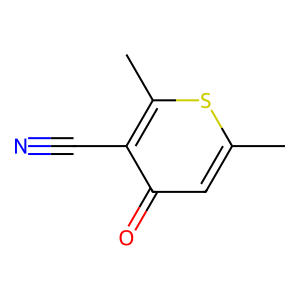
SMILES: Cc1cc(=O)c(C#N)c(C)s1
Inhibits HIV replication: No